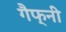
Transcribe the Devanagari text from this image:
गैफ्नी